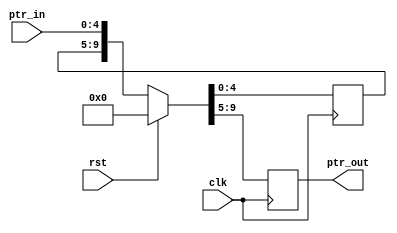
`timescale 1ns / 1ps
//////////////////////////////////////////////////////////////////////////////////
//////////////////////////////////////////////////////////////////////////////////


module SYNCHRONIZE(ptr_out,
                   clk,
                   ptr_in,
                   rst);
parameter ADDRSIZE=4;
output reg[ADDRSIZE:0] ptr_out;
input clk,
      rst;
input[ADDRSIZE:0] ptr_in;
reg[ADDRSIZE:0] Q;
always @(posedge clk)
 if(rst)
  {ptr_out,Q}<= #3 0;
 else
  {ptr_out,Q}<= #3 {Q,ptr_in}; 
                   
endmodule